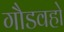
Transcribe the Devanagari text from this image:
गौडवहो